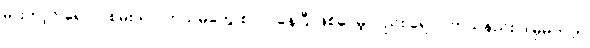
မားဘာ့ဂ် ရောဂါ စမ်းသပ် ကုသမှုတွေ စလုပ်နေပြီ ဖြစ်ပေမဲ့လည်း ရောဂါကုသနည်း ဒါမှမဟုတ်